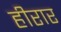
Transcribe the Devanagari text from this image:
हीरार